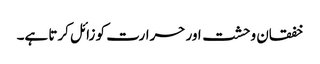
خفقان وحشت اور حرارت کو زائل کرتا ہے۔